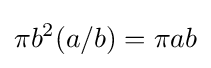
\pi b^{2}(a/b)=\pi ab